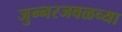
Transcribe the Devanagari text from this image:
जुन्‍नरजवळच्या